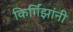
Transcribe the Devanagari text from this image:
किर्गिझांनी